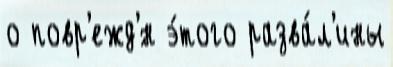
о повр'ежд'́н э́того разва́л'ины